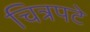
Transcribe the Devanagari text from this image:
चित्रपटे